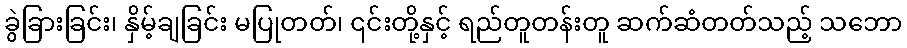
ခွဲခြားခြင်း၊ နှိမ့်ချခြင်း မပြုတတ်၊ ၎င်းတို့နှင့် ရည်တူတန်းတူ ဆက်ဆံတတ်သည့် သဘော